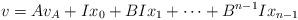
LaTeX: \begin{align*}v=Av_{A}+Ix_{0}+BIx_{1}+\dots+B^{n-1}Ix_{n-1}\end{align*}